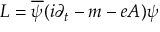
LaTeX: L = \overline { { { \psi } } } ( i \partial _ { t } - m - e A ) \psi